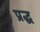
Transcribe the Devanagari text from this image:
प्रद्ध